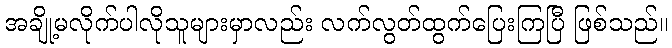
အချို့မလိုက်ပါလိုသူများမှာလည်း လက်လွတ်ထွက်ပြေးကြပြီ ဖြစ်သည်။